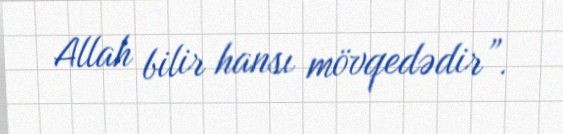
Allah bilir hansı mövqedədir”.